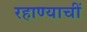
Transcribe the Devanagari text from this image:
रहाण्याचीं